Indian journal of veterinary science and animal husbandry - Volume 1,
Year: 1931
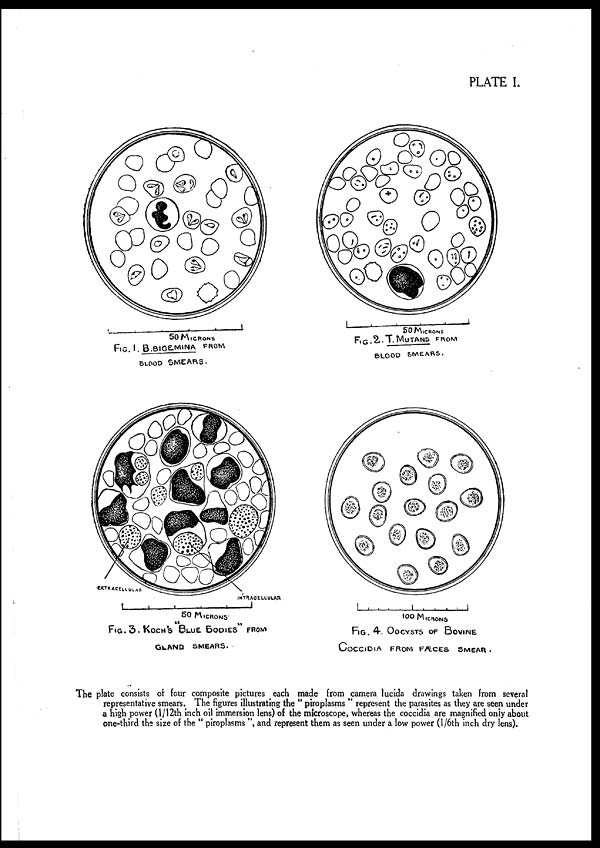
PLATE I.
The plate consists of four composite pictures each made from camera lucida drawings taken from several
representative smears. The figures illustrating the "piroplasms" represent the parasites as they are seen under
a high power (1/12th inch oil immersion lens) of the microscope, whereas the coccidia are magnified only about
one-third the size of the "piroplasms", and represent them as seen under a low power (1/6th inch dry lens).